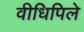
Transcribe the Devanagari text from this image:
वीधिपिले